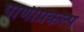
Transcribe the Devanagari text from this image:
पाणीप्रकल्प